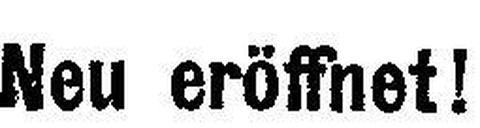
Neu eröffnet!